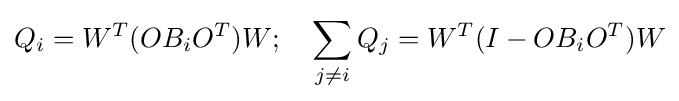
Q_{i}=W^{T}(OB_{i}O^{T})W;\quad \sum _{j\neq i}Q_{j}=W^{T}(I-OB_{i}O^{T})W